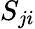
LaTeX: S_{ji}